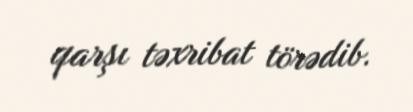
qarşı təxribat törədib.